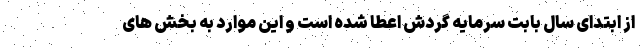
از ابتدای سال بابت سرمایه گردش اعطا شده است و این موارد به بخش های